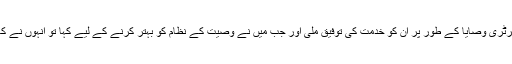
یہاں آ کے قائد عمومی انصار اللہ، ایڈیشنل سیکرٹری وصایا اور پھر نیشنل سیکرٹری وصایا کے طور پر ان کو خدمت کی توفیق ملی اور جب میں نے وصیت کے نظام کو بہتر کرنے کے لیے کہا تو انہوں نے کافی محنت کی اور اللہ تعالیٰ کے فضل سے موصیان کے اس نظام کو منظم کیا۔